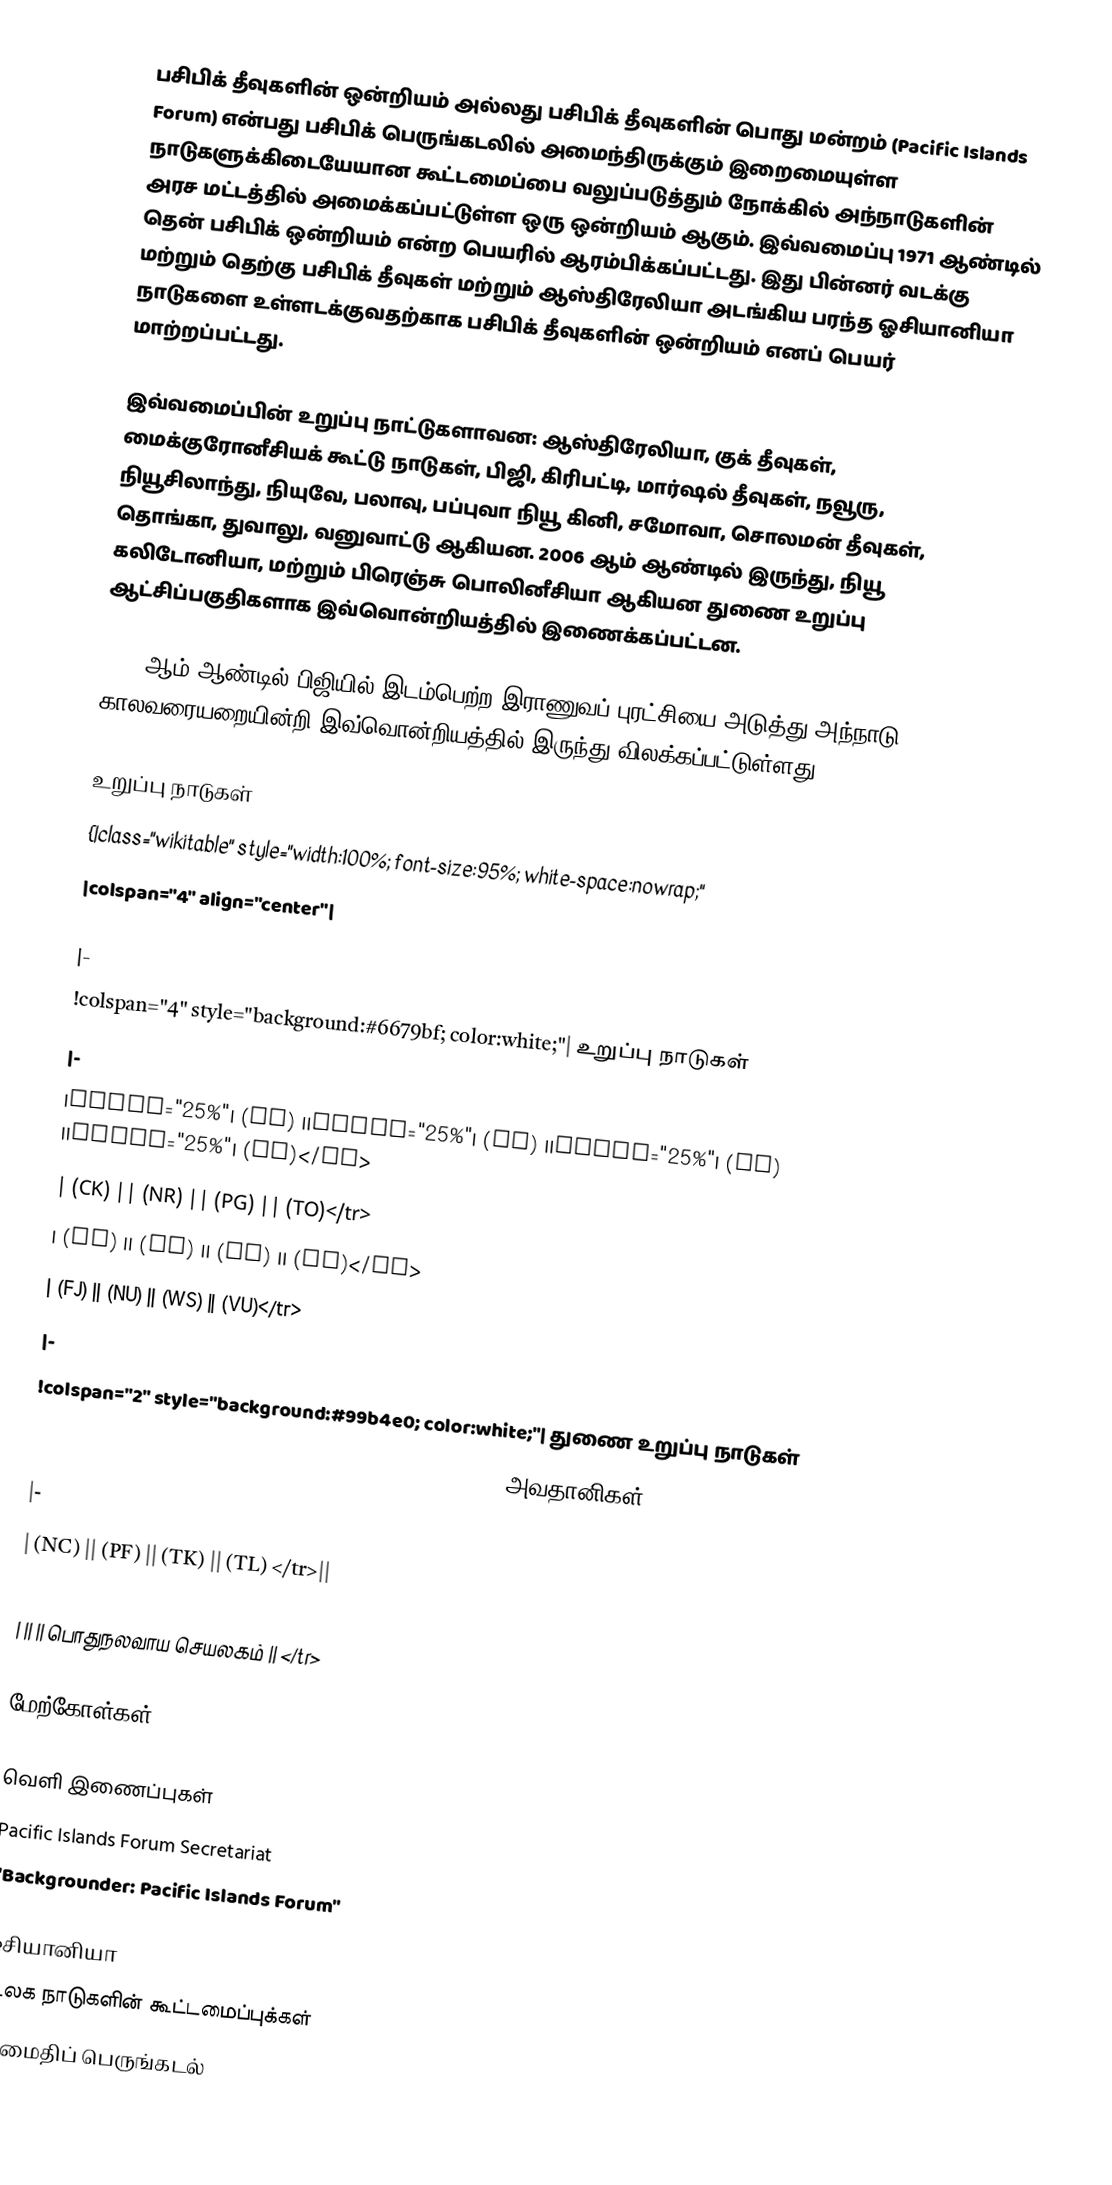
பசிபிக் தீவுகளின் ஒன்றியம் அல்லது பசிபிக் தீவுகளின் பொது மன்றம் (Pacific Islands Forum) என்பது பசிபிக் பெருங்கடலில் அமைந்திருக்கும் இறைமையுள்ள நாடுகளுக்கிடையேயான கூட்டமைப்பை வலுப்படுத்தும் நோக்கில் அந்நாடுகளின் அரச மட்டத்தில் அமைக்கப்பட்டுள்ள ஒரு ஒன்றியம் ஆகும். இவ்வமைப்பு 1971 ஆண்டில் தென் பசிபிக் ஒன்றியம் என்ற பெயரில் ஆரம்பிக்கப்பட்டது. இது பின்னர் வடக்கு மற்றும் தெற்கு பசிபிக் தீவுகள் மற்றும் ஆஸ்திரேலியா அடங்கிய பரந்த ஓசியானியா நாடுகளை உள்ளடக்குவதற்காக பசிபிக் தீவுகளின் ஒன்றியம் எனப் பெயர் மாற்றப்பட்டது.

இவ்வமைப்பின் உறுப்பு நாட்டுகளாவன: ஆஸ்திரேலியா, குக் தீவுகள், மைக்குரோனீசியக் கூட்டு நாடுகள், பிஜி, கிரிபட்டி, மார்ஷல் தீவுகள், நவூரு, நியூசிலாந்து, நியுவே, பலாவு, பப்புவா நியூ கினி, சமோவா, சொலமன் தீவுகள், தொங்கா, துவாலு, வனுவாட்டு ஆகியன. 2006 ஆம் ஆண்டில் இருந்து, நியூ கலிடோனியா, மற்றும் பிரெஞ்சு பொலினீசியா ஆகியன துணை உறுப்பு ஆட்சிப்பகுதிகளாக இவ்வொன்றியத்தில் இணைக்கப்பட்டன.

2009 ஆம் ஆண்டில் பிஜியில் இடம்பெற்ற இராணுவப் புரட்சியை அடுத்து அந்நாடு காலவரையறையின்றி இவ்வொன்றியத்தில் இருந்து விலக்கப்பட்டுள்ளது.

உறுப்பு நாடுகள்
{|class="wikitable" style="width:100%; font-size:95%; white-space:nowrap;"
|colspan="4" align="center"|

|-
!colspan="4" style="background:#6679bf; color:white;"| உறுப்பு நாடுகள்
|-
|width="25%"|  (AU) ||width="25%"|  (KI) ||width="25%"|  (PW) ||width="25%"|  (SB)</tr>
|  (CK) ||  (NR) ||  (PG) ||  (TO)</tr>
|  (FM) ||  (NZ) ||  (MH) ||  (TV)</tr>
|  (FJ) ||  (NU) ||  (WS) ||  (VU)</tr>
|-
!colspan="2" style="background:#99b4e0; color:white;"| துணை உறுப்பு நாடுகள்
!colspan="2" style="background:#6679ff; color:white;"| அவதானிகள்
|-
|  (NC) ||  (PF) ||  (TK) ||  (TL) </tr>||
|  ||  (WF) || </tr>
|  ||  ||  பொதுநலவாய செயலகம் || </tr>

மேற்கோள்கள்

வெளி இணைப்புகள்
 Pacific Islands Forum Secretariat
 "Backgrounder: Pacific Islands Forum"

ஓசியானியா
உலக நாடுகளின் கூட்டமைப்புக்கள்
அமைதிப் பெருங்கடல்